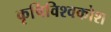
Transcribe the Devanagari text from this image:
कृषिविश्वकोश